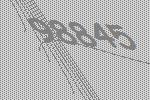
98845